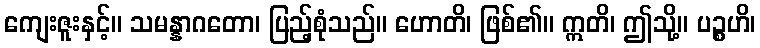
ကျေးဇူးနှင့်။ သမန္နာဂတော၊ ပြည့်စုံသည်။ ဟောတိ၊ ဖြစ်၏။ ဣတိ၊ ဤသို့။ ပဉ္စဟိ၊